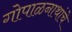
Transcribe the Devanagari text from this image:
गोपाळनाथांचे